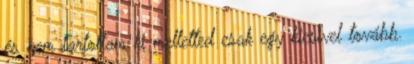
és nem tartottam ki melletted csak egy kicsivel tovább.